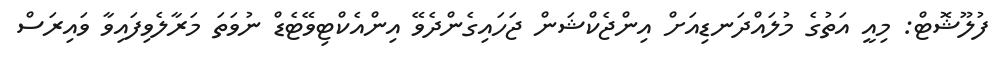
ފުލޫޝޮޓް: މިއީ އަތުގެ މުލައްދަނޑިއަށް އިންޖެކްޝަން ޖަހައިގެންދެވޭ އިންއެކްޓިވޭޓެޑް ނުވަތަ މަރާލެވިފައިވާ ވައިރަސް